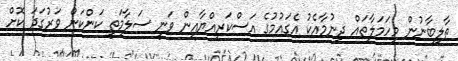
ތާލިބާނުން މިހަމަލާތައް ދިނުމާއެކު އެގައުމުގެ އަސްކަރިއްޔާއިން ވަނީ ސަލާމަތީ ކަންކަން ވަރުގަދަ ކޮށް